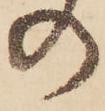
の